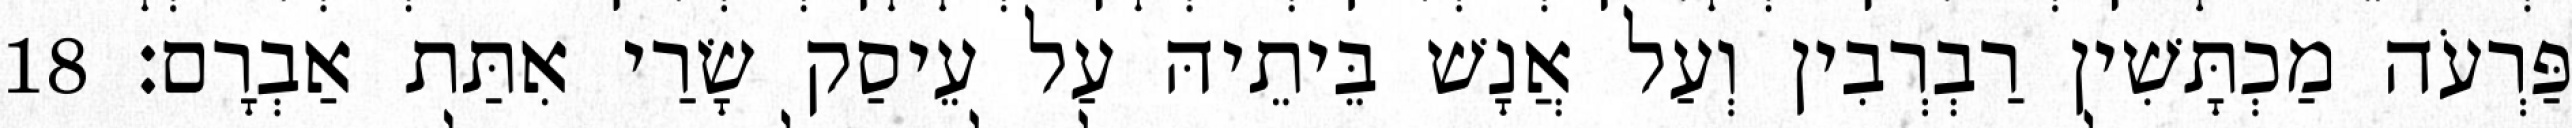
פַּרְעֹה מַכְתָּשִׁין רַבְרְבִין וְעַל אֲנָשׁ בֵּיתֵיהּ עַל עֵיסַק שָׂרַי אִתַּת אַבְרָם׃ 18